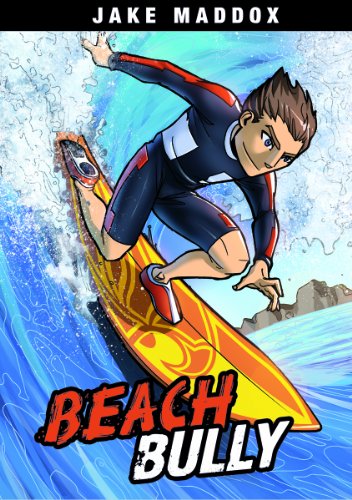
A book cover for Beach Bully (Jake Maddox Sports Stories); Jake Maddox; Children's Books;